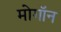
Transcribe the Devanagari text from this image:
मोगॉन